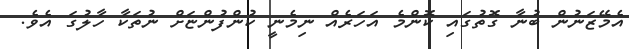
އެމޭޒަނުން ބުނާ ގޮތުގައި ކޮންމެ އަހަރެއް ނިމެނީ ކުންފުންޏަށް ނުތަކާ ހާލުގަ އެވެ.